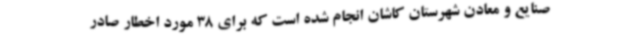
صنایع و معادن شهرستان کاشان انجام شده است که برای 38 مورد اخطار صادر